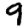
Digit: 9